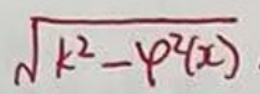
\sqrt{k^{2}-p^{2}(x)}